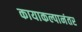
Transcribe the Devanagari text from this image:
कायाकल्पानंतर